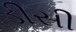
ડીસી